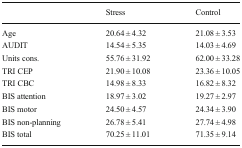
|  | Stress | Control |
 | --- | --- | --- |
 | Age | 20.64 ± 4.32 | 21.08 ± 3.53 |
 | AUDIT | 14.54 ± 5.35 | 14.03 ± 4.69 |
 | Units cons. | 55.76 ± 31.92 | 62.00 ± 33.28 |
 | TRI CEP | 21.90 ± 10.08 | 23.36 ± 10.05 |
 | TRI CBC | 14.98 ± 8.33 | 16.82 ± 8.32 |
 | BIS attention | 18.97 ± 3.02 | 19.27 ± 2.97 |
 | BIS motor | 24.50 ± 4.57 | 24.34 ± 3.90 |
 | BIS non-planning | 26.78 ± 5.41 | 27.74 ± 4.98 |
 | BIS total | 70.25 ± 11.01 | 71.35 ± 9.14 |